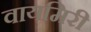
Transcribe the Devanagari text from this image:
वायमिरी